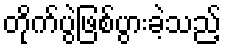
တိုက်ပွဲဖြစ်ပွားခဲ့သည့်